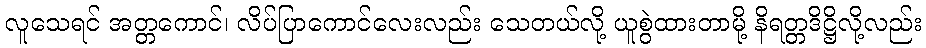
လူသေရင် အတ္တကောင်၊ လိပ်ပြာကောင်လေးလည်း သေတယ်လို့ ယူစွဲထားတာမို့ နိရတ္တဒိဋ္ဌိလို့လည်း